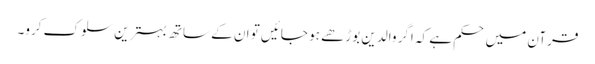
قرآن میں حکم ہے کہ اگر والدین بوڑھے ہو جائیں تو ان کے ساتھ بہترین سلوک کرو۔